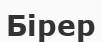
Бірер